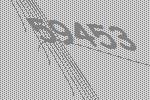
59453